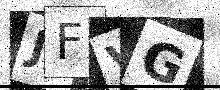
Text: JFVG